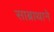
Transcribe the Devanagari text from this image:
साब्राथाने